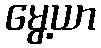
မွေ့ယာ